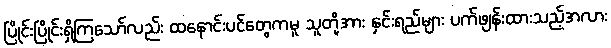
ပြိုင်းပြိုင်းရှိကြသော်လည်း ထနောင်းပင်တွေကမူ သူတို့အား နှင်းရည်များ ပက်ဖျန်းထားသည့်အလား